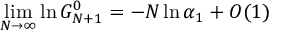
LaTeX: \operatorname * { l i m } _ { N \rightarrow \infty } \ln G _ { N + 1 } ^ { 0 } = - N \ln \alpha _ { 1 } + O ( 1 )